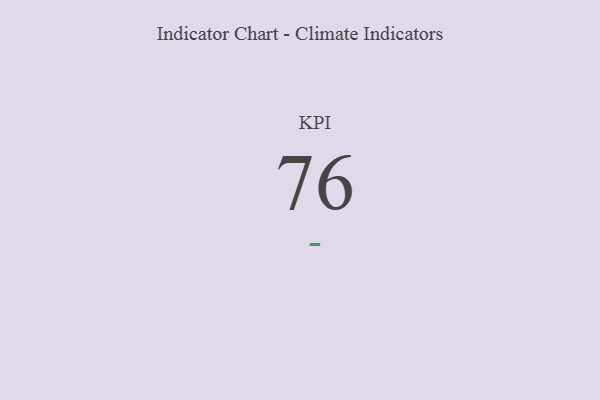
{"axis": {"x": "KPI", "y": "Value"}, "legend": [""], "data": [{"x": "KPI", "y": 76, "type": ""}]}